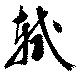
軾